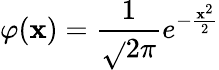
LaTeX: \varphi(\mathbf{x})={\frac{{1}}{{\sqrt{}{{2\pi}}}}}e^{-{\frac{{\mathbf{x}^{2}}}{{2}}}}